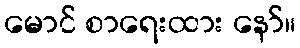
မောင် စာရေးထား နော်။